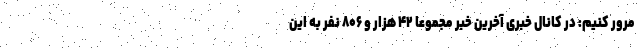
مرور کنیم: در کانال خبری آخرین خبر مجموعا ۴۲ هزار و ۸۰۶ نفر به این